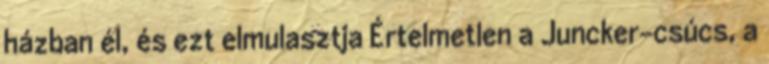
házban él, és ezt elmulasztja Értelmetlen a Juncker-csúcs, a